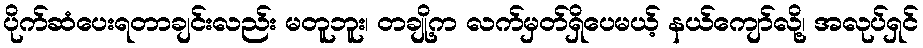
ပိုက်ဆံပေးရတာချင်းလည်း မတူဘူး၊ တချို့က လက်မှတ်ရှိပေမယ့် နယ်ကျော်လို့၊ အလုပ်ရှင်